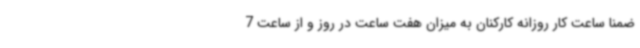
ضمناً ساعت کار روزانه کارکنان به میزان هفت ساعت در روز و از ساعت 7